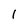
Character: 1